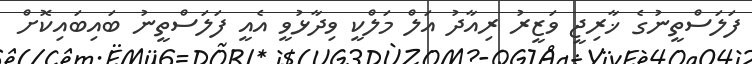
ފަލަސްތީނުގެ ޚާރިޖީ ވަޒީރު ރިއާދު އަލް މަލްކީ ވިދާޅުވީ އެއީ ފަލަސްތީނު ބައިބައިކޮށް